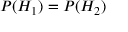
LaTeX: P ( H _ { 1 } ) = P ( H _ { 2 } )